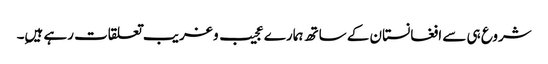
شروع ہی سے افغانستان کے ساتھ ہمارے عجیب و غریب تعلقات رہے ہیںِ۔